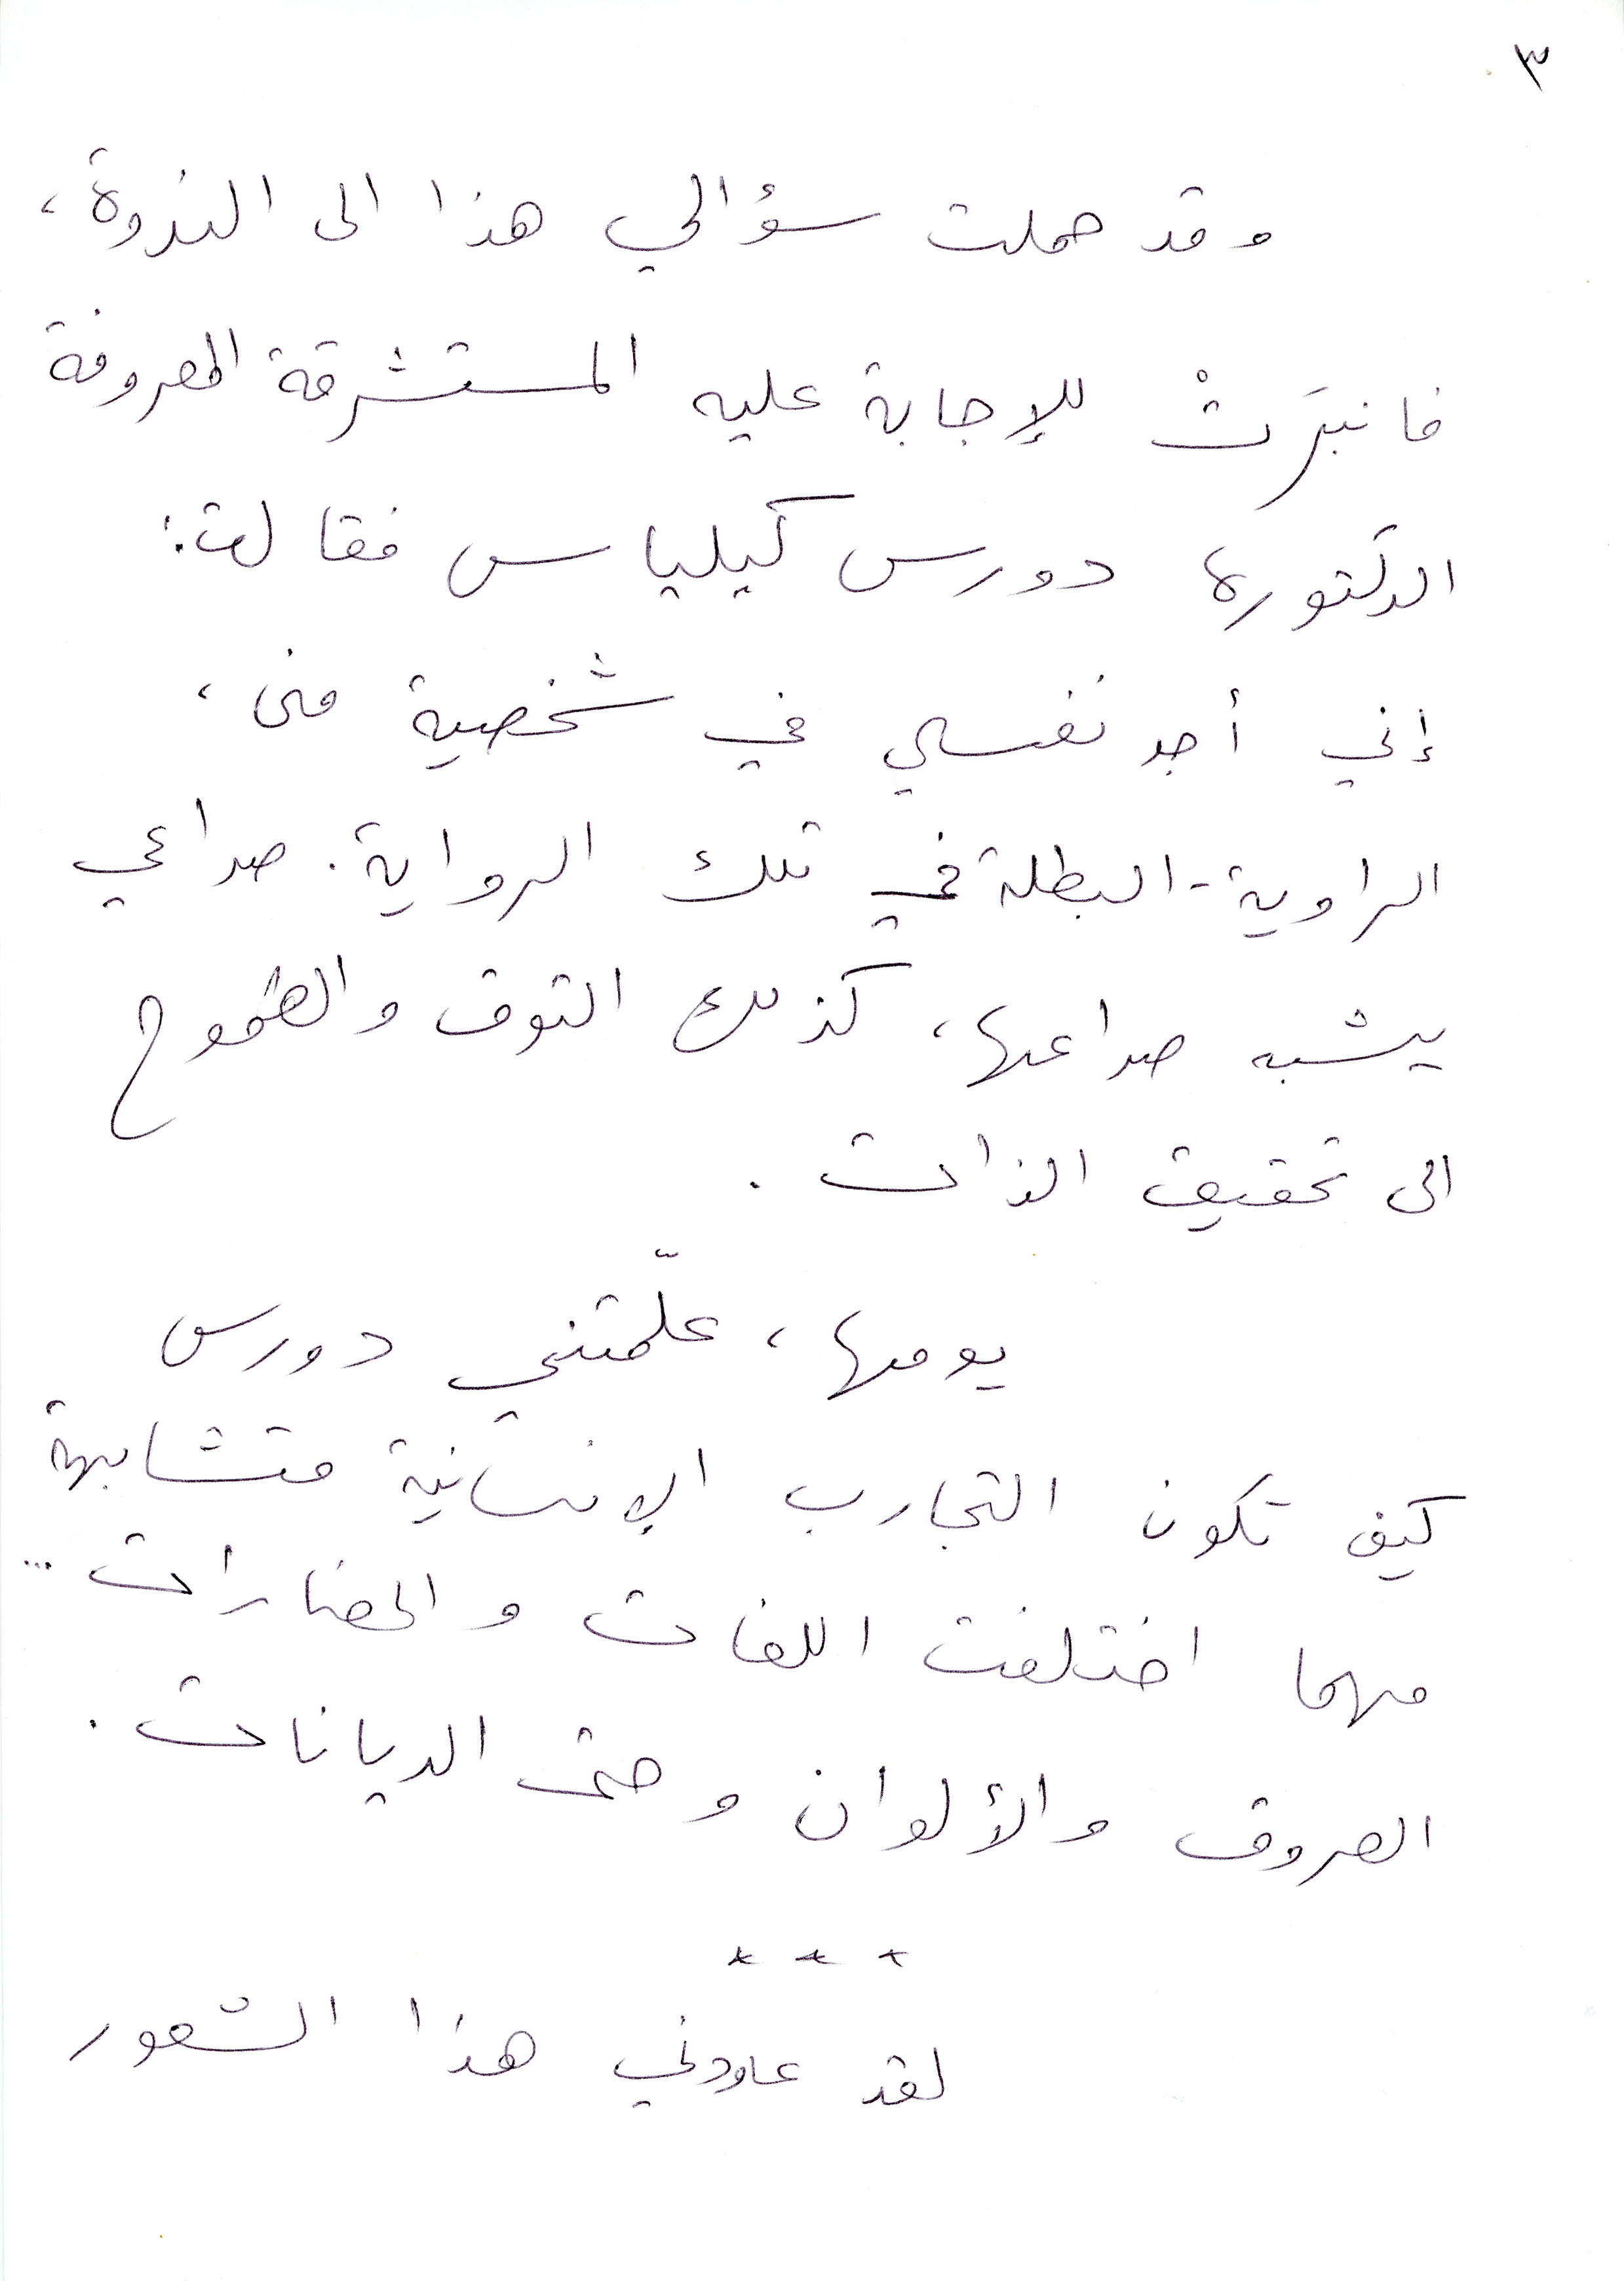
وقد حملت سؤالي هذا الى الندوة،
فانبَرت للإجابة عليه المستشرقة المعروفة
الدكتورة دورس كيلياس فقالت:
إني أجد نفسي في شخصية منى،
الراوية-البطلة في تلك الرواية. صراعي
يشبه صراعها، كذلك التوق والطموح
 الى تحقيق الذات.
يومها، علّمتني دورس
كيف تكون التجارب الإنسانية متشابهة
مهما اختلفت اللغات والحضارات...
العروق والألوان وحتى الديانات.
لقد عاودني هذا الشعور